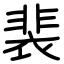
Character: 裴